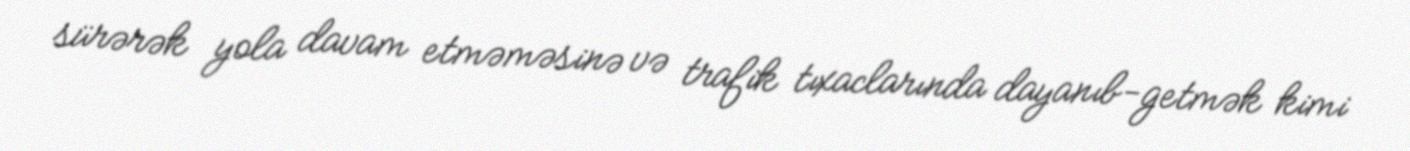
sürərək yola davam etməməsinə və trafik tıxaclarında dayanıb-getmək kimi